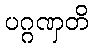
ပဂ္ဂဏှတိ